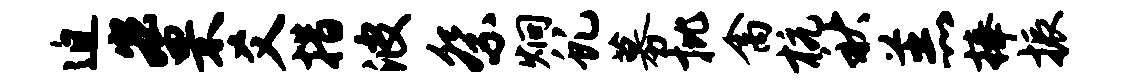
迫宏罘爻措波祭炯虬募批禽杭秋羔捧振